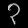
Digit: ၃